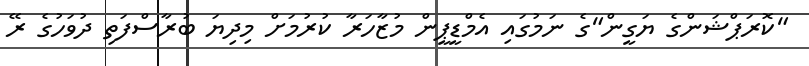
"ކޮރަޕްޝަންގެ ޔަގީން"ގެ ނަމުގައި އެމްޑީޕީން މުޒާހަރާ ކުރުމަށް މިދިޔަ ބުރާސްފަތި ދުވަހުގެ ރޭ